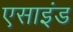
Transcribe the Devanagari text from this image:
एसाइंड